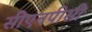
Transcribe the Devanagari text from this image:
सीएनपीसी